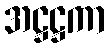
အဋ္ဌဋ္ဌကာ